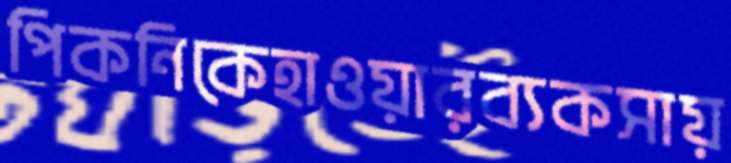
পিকনিকেহাওয়ারব্যকসায়